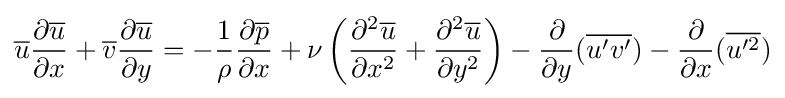
{\overline {u}}{\partial {\overline {u}} \over \partial x}+{\overline {v}}{\partial {\overline {u}} \over \partial y}=-{1 \over \rho }{\partial {\overline {p}} \over \partial x}+\nu \left({\partial ^{2}{\overline {u}} \over \partial x^{2}}+{\partial ^{2}{\overline {u}} \over \partial y^{2}}\right)-{\frac {\partial }{\partial y}}({\overline {u'v'}})-{\frac {\partial }{\partial x}}({\overline {u'^{2}}})